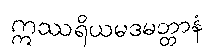
ဣဿရိယမဒမတ္တာနံ